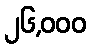
၂၆,၀၀၀